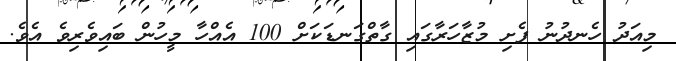
މިއަދު ހެނދުނު ފެށި މުޒާހަރާގައި ގާތްގަނޑަކަށް 100 އެއްހާ މީހުން ބައިވެރިވެ އެވެ.